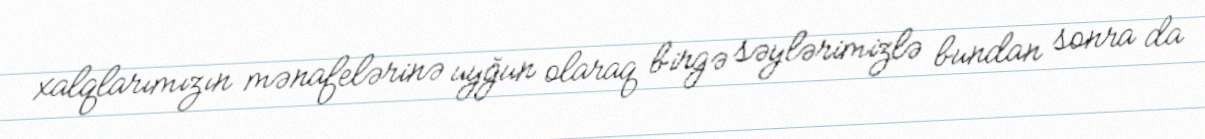
xalqlarımızın mənafelərinə uyğun olaraq birgə səylərimizlə bundan sonra da